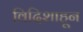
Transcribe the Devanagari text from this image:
विदिशाहून